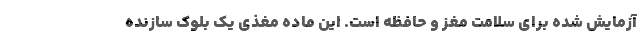
آزمایش شده برای سلامت مغز و حافظه است. این ماده مغذی یک بلوک سازنده